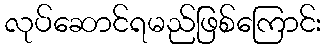
လုပ်ဆောင်ရမည်ဖြစ်ကြောင်း